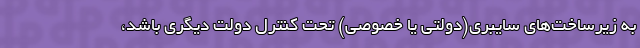
به زیرساخت‌های سایبری(دولتی یا خصوصی) تحت کنترل دولت دیگری باشد،